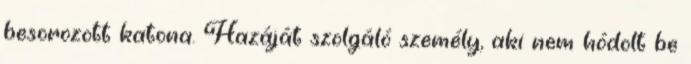
besorozott katona. Hazáját szolgáló személy, aki nem hódolt be